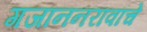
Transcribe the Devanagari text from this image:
गजाननरावांचे